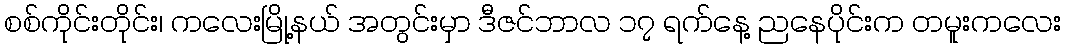
စစ်ကိုင်းတိုင်း၊ ကလေးမြို့နယ် အတွင်းမှာ ဒီဇင်ဘာလ ၁၇ ရက်နေ့ ညနေပိုင်းက တမူးကလေး